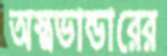
অস্ত্রভান্ডারের